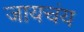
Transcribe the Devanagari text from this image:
जायचंय